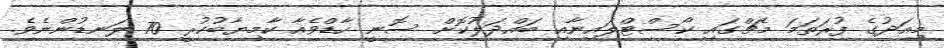
މިއަދުގެ ފުރަތަމަ މެޗްގައި ކޯސްޓްލައިނާއި ބައްދަލުކޮށް ސޮނީ ހާޑްވެއާ ކާމިޔާބުކުރީ 70 ލަނޑުންނެވެ.